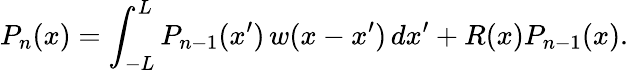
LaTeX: P_{n}(x)=\int_{-L}^{L}P_{n-1}(x^{\prime})\, w(x-x^{\prime})\, dx^{\prime}+R(x)P_{n-1}(x).